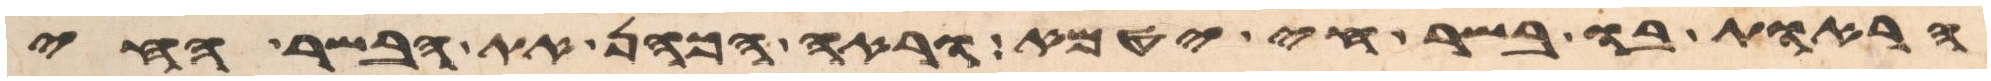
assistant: הראות בו בשר חי יטמא וראה הכהן את הבשר החי